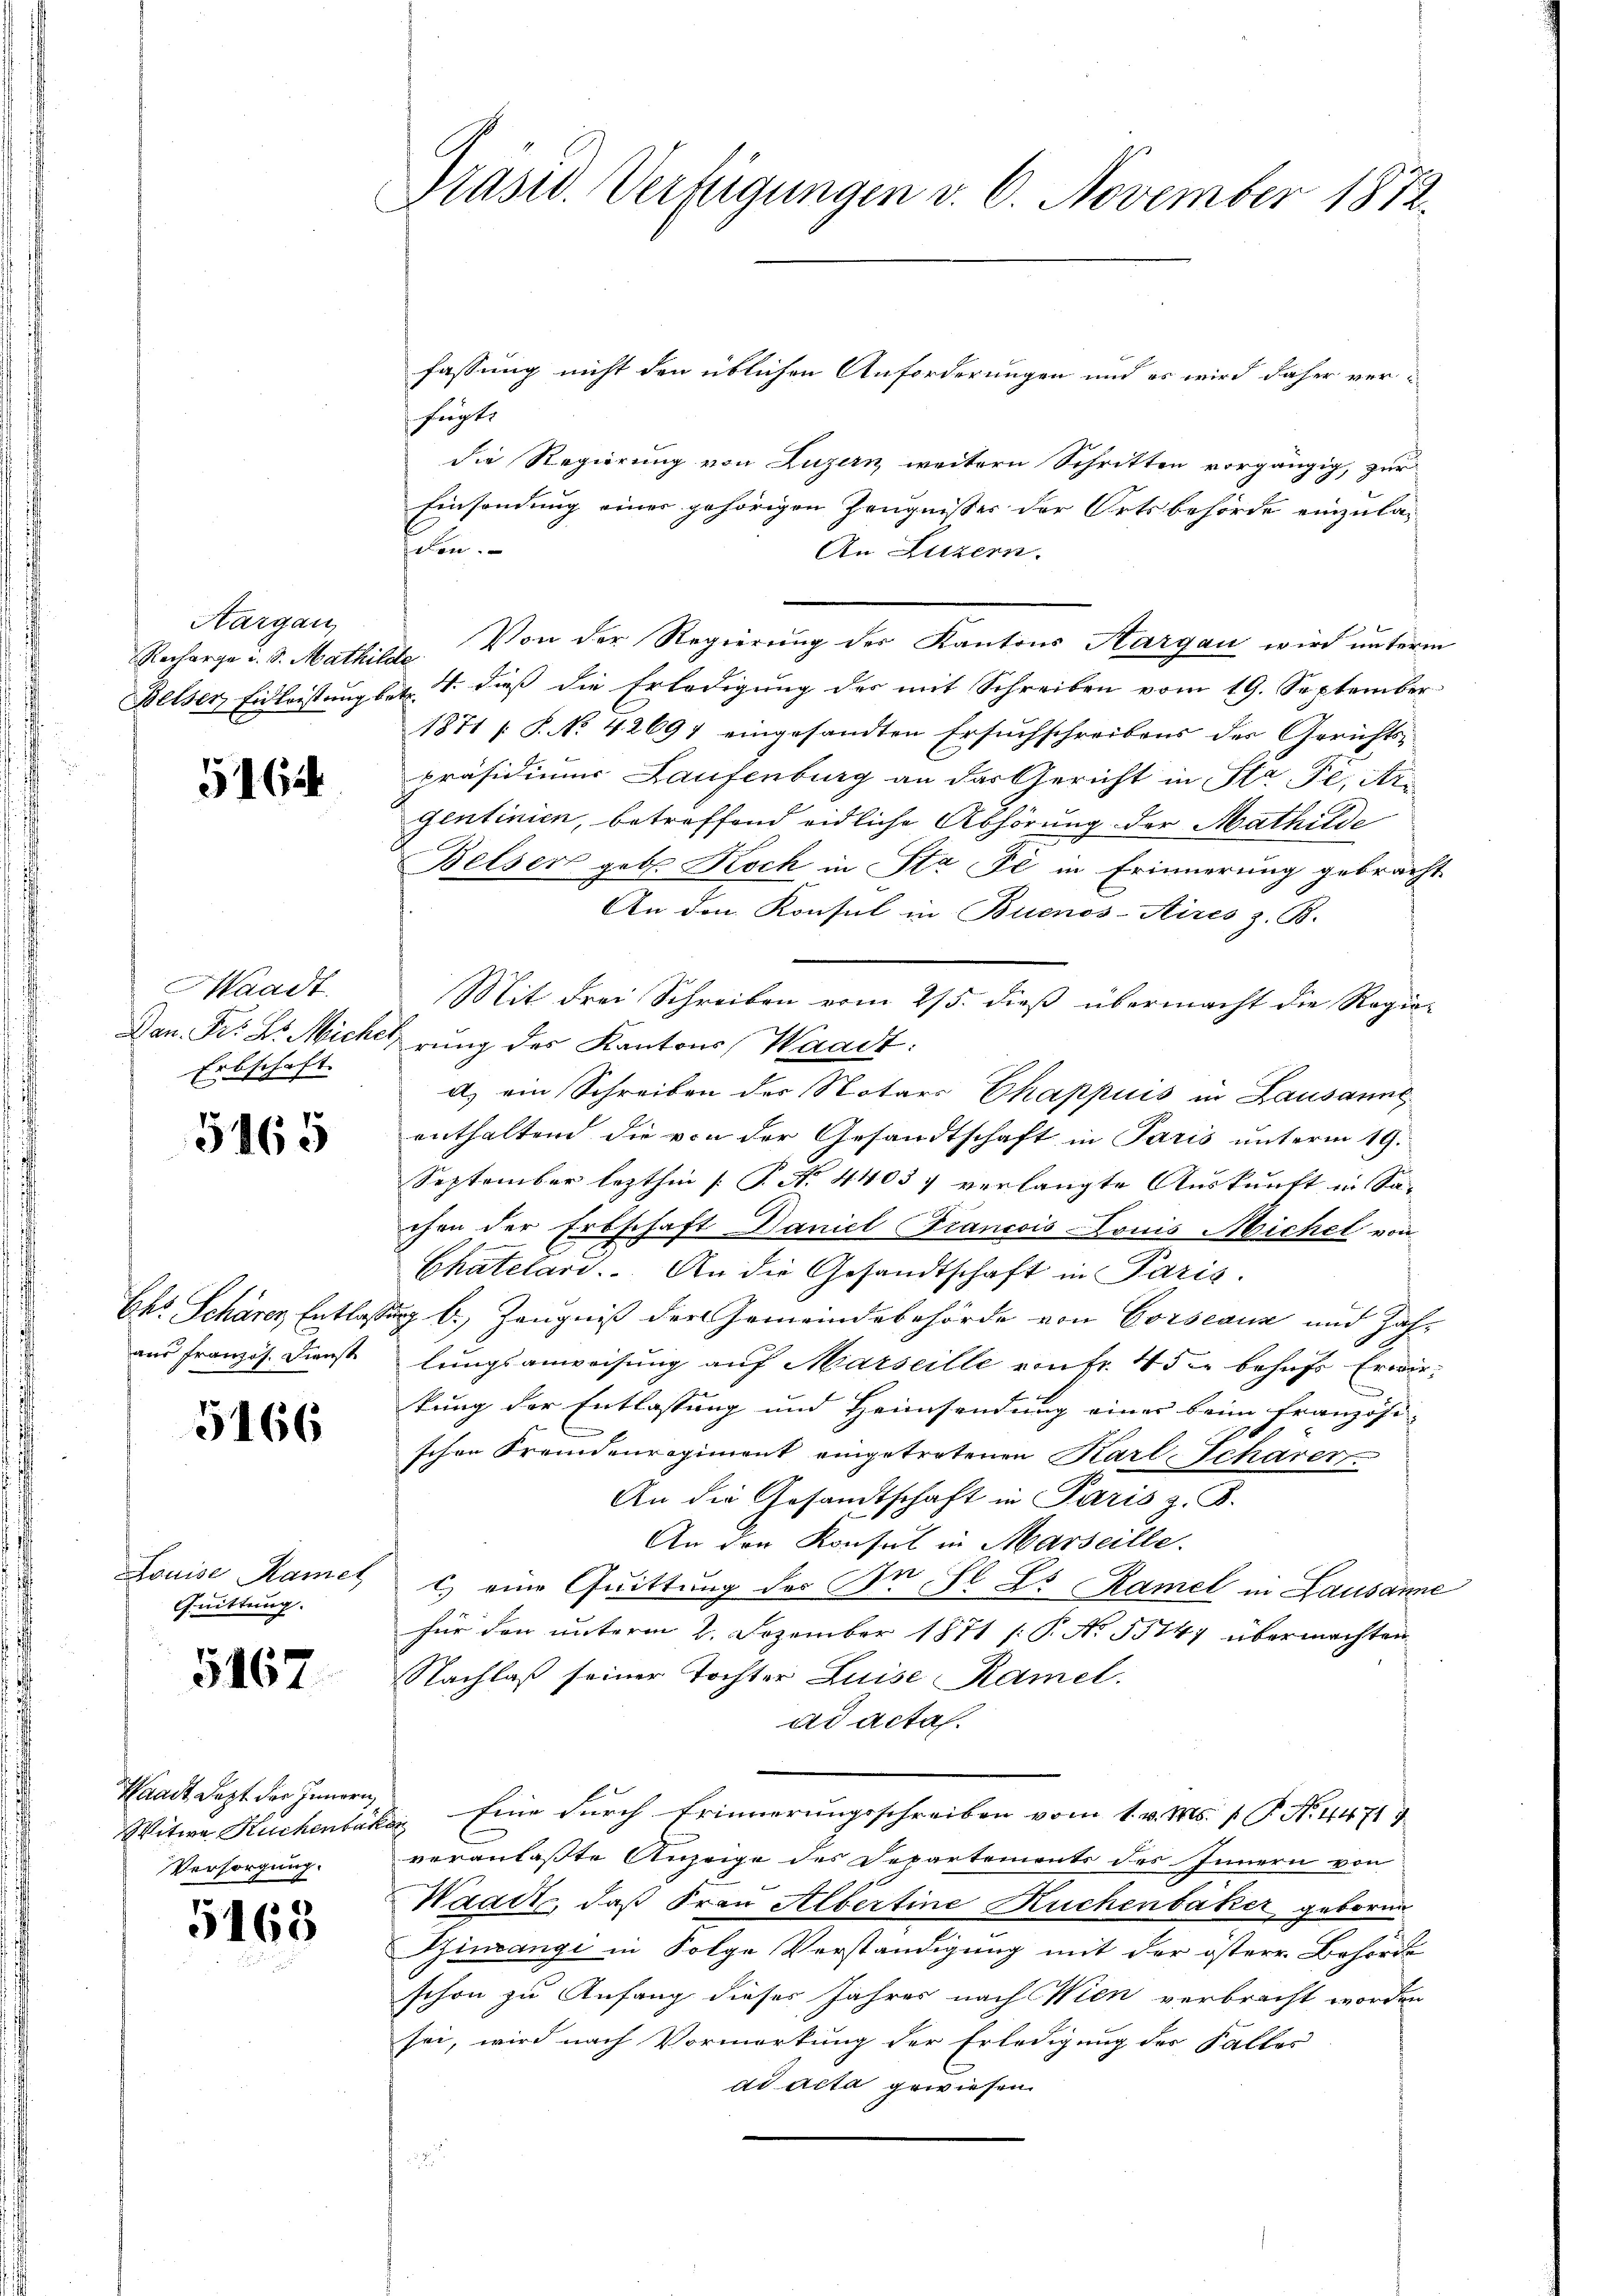
Aargau,

5164

Waadt.
Erbschaft.

5165

Chr. Schärer Entlaße
aus französ. Dienst

5166

Louise Kamet
Quittung.

5167

aadt Lezt der Innern
Witwe Huchenbak
Versorgung.

5168

Präsid. Verfügungen v. 6. November 1872.

fassung nicht den üblichen Anforderungen und es wird daher ver-
hupte
die Regierung von Luzern weitern Schritten vorgängig, zur
Einsendung einer gehörigen Zeugnisses der Ortsbehörde einzuladen.
An Luzern.
Recharge u. S. Mathilz. Von der Regierung des Kantons Aargau wird unterm
Belser Eidleistung betr. T. dieß die Erledigung des mit Schreiben vom 19. September
1871 [S. No. 42697 eingesandten Ersuchschreibens des Gerichts-
präsidiums Laufenburg an das Gericht in Sta Fe, Ar
gentinien, betreffend eidliche Abhörung der Mathilde
Belser geb. Koch in Sta Fl in Erinnerung gebracht
An den Konsul in Buenos-Aires z. B.
Mit drei Schreiben vom 25. dieβ übermacht die Regie-
Dan. Fr. L. Micherung des Kantons Waadt:
a) ein Schreiben der Notars Chappuis in Lausanne
enthaltend die von der Gesandtschaft in Paris unterm 19.
September lezthin [P. No 44037 verlangte Auskunft in Sachen der Erbschaft Daniel Francois Louis Michel von
Chatelard. An die Gesandtschaft in Paris.
Zug b.) Zeugniß der Gemeindebehörde von Corseaux und Zahlungsanweisung auf Marseille von fr. 45 x behufs Erwirkung der Entlassung und Heimsendung einer beim französi-
schen Fremdenregiment eingetretenen Karl, Schärer
An die Gesandtschaft in Paris z. B.
An den Konsul in Marseille.
t) eine Quittung des In Sl L. Ramel in Lausanne
für den unterm 2. Dezember 1871 /: P. No. 53147 übermachten
Nachlaß seiner Tochter Luise Ramel.
ad actas.
8. Eine durch Erinnerungsschreiben vom 1. v. Ms. 1 P. N. 4471
r
veranlaßte Anzeige des Departements des Innern von
Waadt, daß Frau Albertine Kuchenbaker, geborn
Zinsangi in Folge Verständigung mit der östere Behörde
schon zu Anfang dieses Jahres nach Wien verbracht worden
sei, wird nach Vormerkung der Erledigung des Falles
ad acta gewiesen.
1